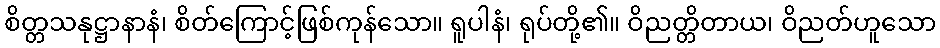
စိတ္တသနုဋ္ဌာနာနံ၊ စိတ်ကြောင့်ဖြစ်ကုန်သော။ ရူပါနံ၊ ရုပ်တို့၏။ ဝိညတ္တိတာယ၊ ဝိညတ်ဟူသော